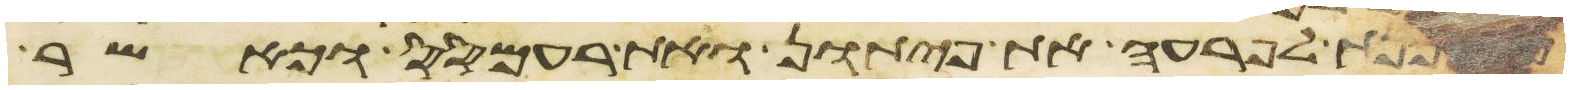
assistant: מסכנת לפרעה את פיתון ואת רעמסס וכאשר